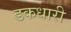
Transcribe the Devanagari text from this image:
डकधारी